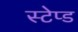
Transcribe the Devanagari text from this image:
स्टेप्ड